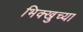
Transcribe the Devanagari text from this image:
भिक्खुच्या